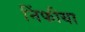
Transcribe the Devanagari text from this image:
निंफीया